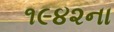
૧૯૪૨ના